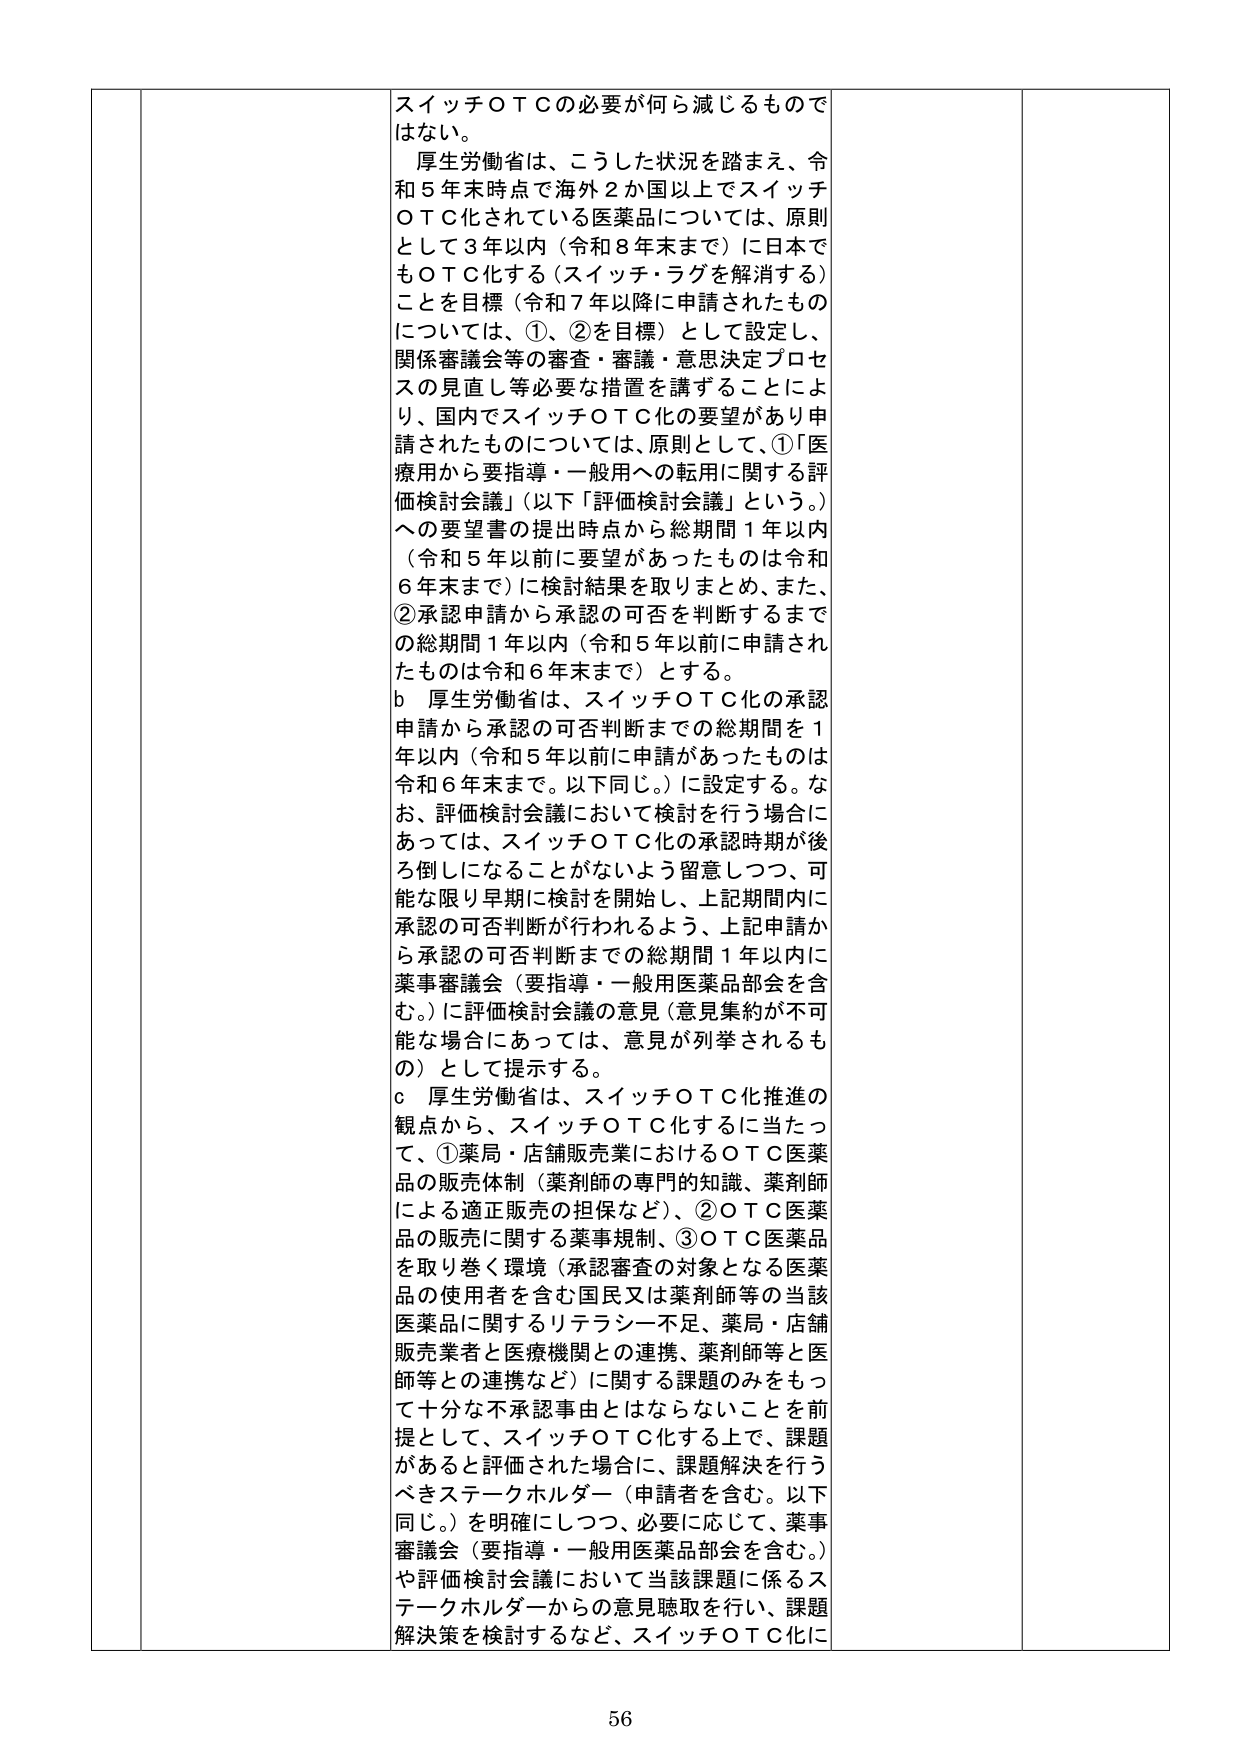
スイッチＯＴＣの必要が何ら減じるものではない。

厚生労働省は、こうした状況を踏まえ、令和５年末時点で海外２か国以上でスイッチＯＴＣ化されている医薬品については、原則として３年以内（令和８年末まで）に日本でもＯＴＣ化する（スイッチ・ラグを解消する）ことを目標（令和７年以降に申請されたものについては、①、②を目標）として設定し、関係審議会等の審査・審議・意思決定プロセスの見直し等必要な措置を講ずることにより、国内でスイッチＯＴＣ化の要望があり申請されたものについては、原則として、①「医療用から要指導・一般用への転用に関する評価検討会議」（以下「評価検討会議」という。）への要望書の提出時点から総期間１年以内（令和５年以前に要望があったものは令和６年末まで）に検討結果を取りまとめ、また、②承認申請から承認の可否を判断するまでの総期間１年以内（令和５年以前に申請されたものは令和６年末まで）とする。

ｂ 厚生労働省は、スイッチＯＴＣ化の承認申請から承認の可否判断までの総期間を１年以内（令和５年以前に申請があったものは令和６年末まで。以下同じ。）に設定する。なお、評価検討会議において検討を行う場合にあっては、スイッチＯＴＣ化の承認時期が後ろ倒しになることがないよう留意しつつ、可能な限り早期に検討を開始し、上記期間内に承認の可否判断が行われるよう、上記申請から承認の可否判断までの総期間１年以内に薬事審議会（要指導・一般用医薬品部会を含む。）に評価検討会議の意見（意見集約が不可能な場合にあっては、意見が列挙されるもの）として提示する。

ｃ 厚生労働省は、スイッチＯＴＣ化推進の観点から、スイッチＯＴＣ化するに当たって、①薬局・店舗販売業におけるＯＴＣ医薬品の販売体制（薬剤師の専門的知識、薬剤師による適正販売の担保など）、②ＯＴＣ医薬品の販売に関する薬事規制、③ＯＴＣ医薬品を取り巻く環境（承認審査の対象となる医薬品の使用者を含む国民又は薬剤師等の当該医薬品に関するリテラシー不足、薬局・店舗販売業者と医療機関との連携、薬剤師等と医師等との連携など）に関する課題のみをもって十分な不承認事由とはならないことを前提として、スイッチＯＴＣ化する上で、課題があると評価された場合に、課題解決を行うべきステークホルダー（申請者を含む。以下同じ。）を明確にしつつ、必要に応じて、薬事審議会（要指導・一般用医薬品部会を含む。）や評価検討会議において当該課題に係るステークホルダーからの意見聴取を行い、課題解決策を検討するなど、スイッチＯＴＣ化に

56